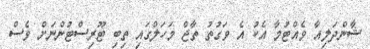
ޝާންދަލިއާ ވެއްޓުމާ އެކު އެ ވަގުތު ތާޖް މަހަލްގައި ތިބި ޓޫރިސްޓުންނަށް ވެސް